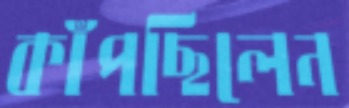
কাঁপছিলেন